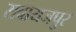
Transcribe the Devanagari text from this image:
सवायजपुर